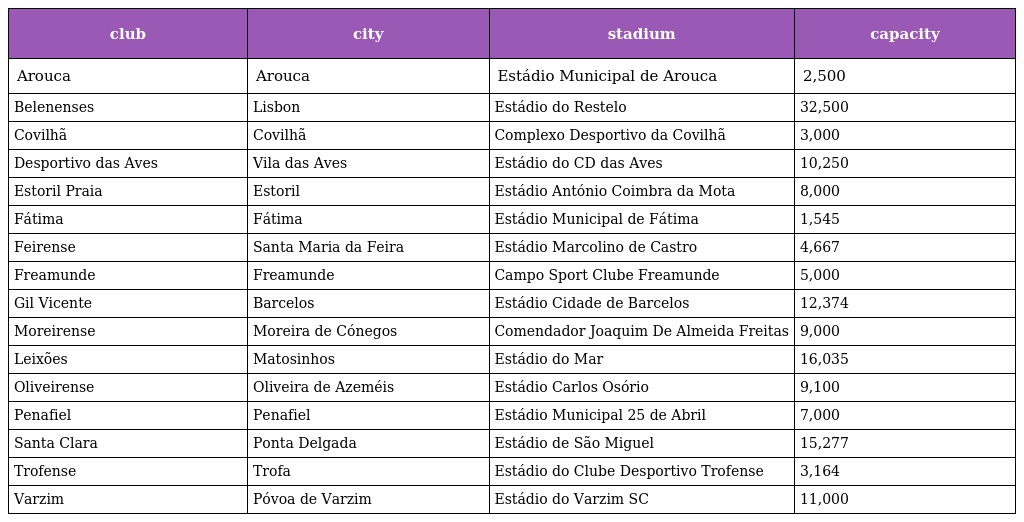
| club | city | stadium | capacity |
 | --- | --- | --- | --- |
 | Arouca | Arouca | Estádio Municipal de Arouca | 2,500 |
 | Belenenses | Lisbon | Estádio do Restelo | 32,500 |
 | Covilhã | Covilhã | Complexo Desportivo da Covilhã | 3,000 |
 | Desportivo das Aves | Vila das Aves | Estádio do CD das Aves | 10,250 |
 | Estoril Praia | Estoril | Estádio António Coimbra da Mota | 8,000 |
 | Fátima | Fátima | Estádio Municipal de Fátima | 1,545 |
 | Feirense | Santa Maria da Feira | Estádio Marcolino de Castro | 4,667 |
 | Freamunde | Freamunde | Campo Sport Clube Freamunde | 5,000 |
 | Gil Vicente | Barcelos | Estádio Cidade de Barcelos | 12,374 |
 | Moreirense | Moreira de Cónegos | Comendador Joaquim De Almeida Freitas | 9,000 |
 | Leixões | Matosinhos | Estádio do Mar | 16,035 |
 | Oliveirense | Oliveira de Azeméis | Estádio Carlos Osório | 9,100 |
 | Penafiel | Penafiel | Estádio Municipal 25 de Abril | 7,000 |
 | Santa Clara | Ponta Delgada | Estádio de São Miguel | 15,277 |
 | Trofense | Trofa | Estádio do Clube Desportivo Trofense | 3,164 |
 | Varzim | Póvoa de Varzim | Estádio do Varzim SC | 11,000 |